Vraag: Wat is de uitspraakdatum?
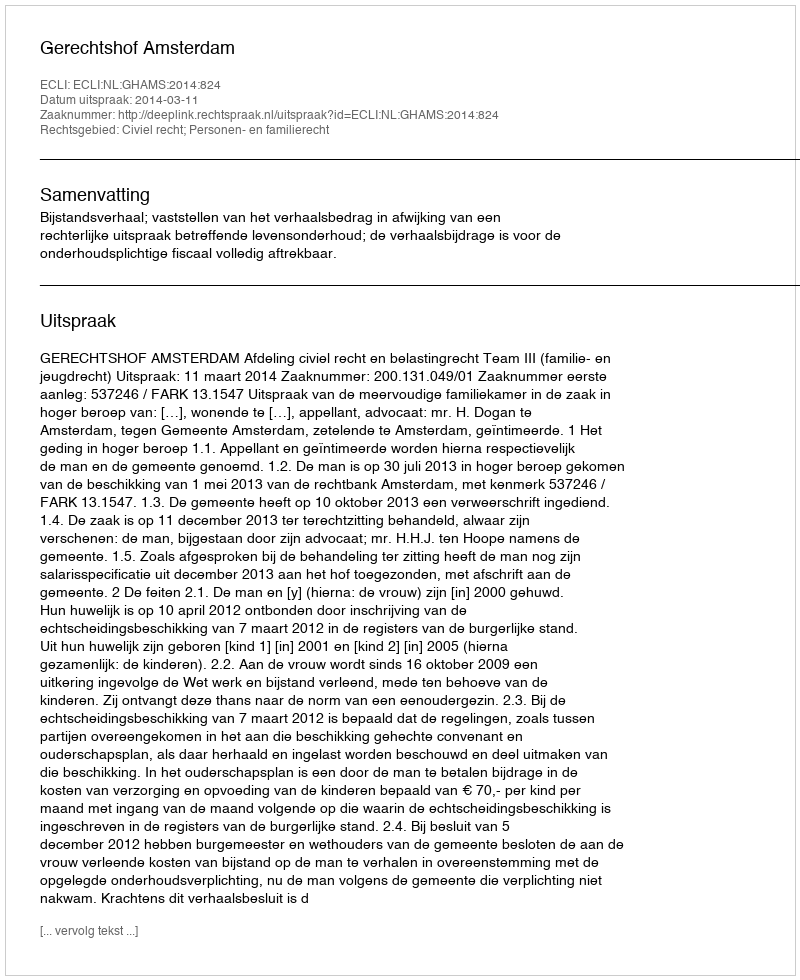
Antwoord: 2014-03-11